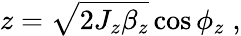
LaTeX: z=\sqrt{2J_{z}\beta_{z}}\cos{\phi_{z}}\; ,